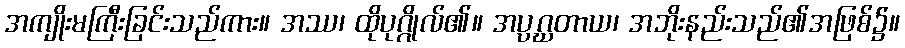
အကျိုးမကြီးခြင်းသည်ကား။ အဿ၊ ထိုပုဂ္ဂိုလ်၏။ အပ္ပဂ္ဃတာယ၊ အဘိုးနည်းသည်၏အဖြစ်၌။